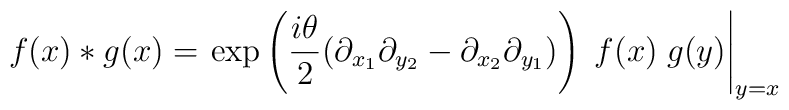
f(x)* g(x) =\left.  \exp\left( \frac{i\theta}{2} (\partial_{x_1}\partial_{y_2} - \partial_{x_2} \partial_{y_1}) \right)\;f(x) \; g(y) \right|_{y=x}